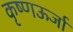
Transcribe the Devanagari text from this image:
कृष्णऊर्जा